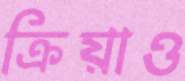
ক্রিয়াও